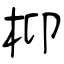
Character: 枊